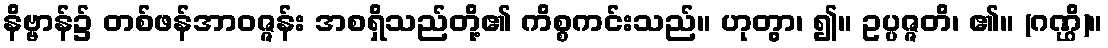
နိဗ္ဗာန်၌ တစ်ဖန်အာဝဇ္ဇန်း အစရှိသည်တို့၏ ကိစ္စကင်းသည်။ ဟုတွာ၊ ၍။ ဥပ္ပဇ္ဇတိ၊ ၏။ (ဂဏ္ဌိ)။